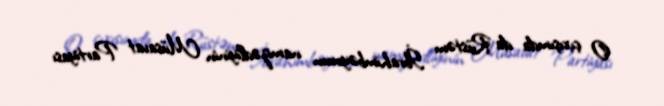
O çıxışımda da Rüstəm İbrahimbəyovun namizədliyinin Müsavat Partiyası